Medical and sanitary report of the native army of Bengal for the year
Year: 1874
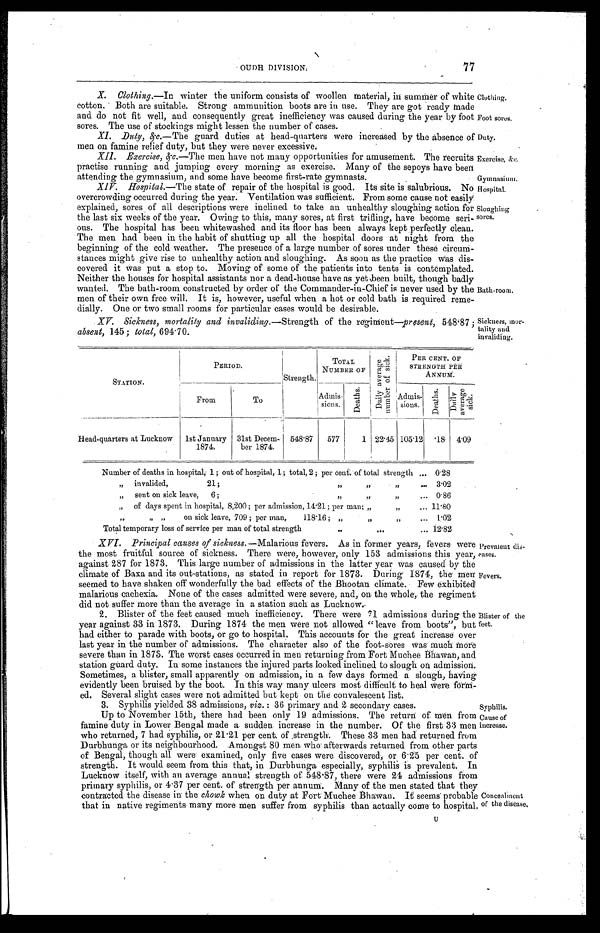
Exercise, &c.
Gymnasium.
Hospital.
Sloughing
sores.
Prevalent dis
-
eases.
Fevers.
OUDH DIVISION. 77
X. Clothing.—In winter the uniform consists of woollen material, in summer of white
cotton. Both are suitable. Strong ammunition boots are in use. They are got ready made
and do not fit well, and consequently great inefficiency was caused during the year by foot
sores. The use of stockings might lessen the number of cases.
XI. Duty, &c.—The guard duties at head-quarters were increased by the absence of
men on famine relief duty, but they were never excessive.
Clothing.
Duty.
XII. Exercise, &c.—The men have not many opportunities for amusement. The recruits
practise running and jumping every morning as exercise. Many of the sepoys have been
attending the gymnasium and some have become first-rate gymnasts.
XIV. Hospital.— The state of repair of the hospital is good. Its site is salubrious. No
overcrowding occurred during the year. Ventilation was sufficient. From some cause not easily
explained, sores of all descriptions were inclined to take an unhealthy sloughing action for
the last six weeks of the year. Owing to this, many sores, at first trifling, have become ser
i -
ous. The hospital has been whitewashed and its floor has been always kept perfectly clean.
The men had been in the habit of shutting up all the hospital doors at night from the
beginning of the cold weather. The presence of a large number of sores under these circu
m -
stances might give rise to unhealthy action and sloughing. As soon as the practice was dis-
covered it was put a stop to. Moving of some of the patients into tents is contemplated.
Neither the houses for hospital assistants nor a dead-house have as yet been built, though badly
wanted. The bath-room constructed by order of the Commander-in-Chief is never used by the
men of their own free will. It is, however, useful when a hot or cold bath is required reme
-
dially. One or two small rooms for particular cases would be desirable.
XV. Sickness, mortality and invaliding.— Strength of the regiment—present, 548.87
absent, 145; total, 694.70.
Bath-room.
Sickness, mor
-
tality and
invaliding.
STATION.
PERIOD.
S t r e n g t h .
TOTAL
NUMBER OF
D a i l y a v e r a g e n u m b e r o f s i c k .
PER CENT. OF
STRENGTH PER
ANNUM.
From
To
Admis-
sions.
D e a t h s .
A d m i s - s i o n s .
D e a t h s .
D a i l y a v e r a g e s i c k .
Head-quarters at Lucknow
1st January
1874
31st Decem-
ber 1874.
548.87
577
1 22.45 105.12
18 4.09
Number of deaths in hospital, 1 ; out of hospital, 1; total, 2 ; per cent. of total strength . . . 0.28
" i n v a l i d e d , 2 1 ; " " " . . . 3.02
" s e n t o n s i c k l e a v e ,
6 ; " " " . . . 0.86
" of days spent in hospital, 8,200 ; per admission, 14.21; per man; " " . . . 11.80
" on sick leave, 709 ; per man, 118.16 ; " " " . . . 1.02
Total temporary loss of service per man of total strength . . .
12.82
XVI. Principal causes of sickness.—Malarious fevers. As in former years, fevers were
the most fruitful source of sickness. There were, however, only 153 admissions this year,
against 287 for 1873. This large number of admissions in the latter year was caused by the
climate of Baxa and its out-stations, as stated in report for 1873. During 1874, the men
seemed to have shaken off wonderfully the bad effects of the Bhootan climate. Few exhibited
malarious cachexia. None of the cases admitted were severe, and, on the whole, the regiment
did not suffer more than the average in a station such as Lucknow.
2. Blister of the feet caused much inefficiency. There were 71 admissions during the
year against 33 in 1873. During 1874 the men were not allowed "leave from boots", but
had either to parade with boots, or go to hospital. This accounts for the great increase over
last year in the number of admissions. The character also of the foot-sores was much More
severe than in 1873. The worst cases occurred in men returning from Fort Muchee Bhawan, and
station guard duty. In some instances the injured parts looked inclined to slough on admission.
Sometimes, a blister, small apparently on admission, in a few days formed a slough, having
evidently been bruised by the boot. In this way many ulcers most difficult to heal were for
m -
ed. Several slight cases were not admitted but kept on the convalescent list.
Blister of the
feet.
3. Syphilis yielded 38 admissions, viz.: 36 primary and 2 secondary cases.
Up to November 15th, there had been only 19 admissions. The return: of men from
famine duty in Lower Bengal made sudden increase in the number. Of the first 33 men
who returned, 7 had syphilis, or 21.21 per cent. of strength. These 33 men had returned from
Durbhunga or its neighbourhood. Amongst 80 men who afterwards returned from other parts
of Bengal, though all were examined, only five cases were discovered, or 6.25 per cent. of
strength. It would seem from this that, in Durbhunga especially, syphilis is prevalent. In
Lucknow itself, with an average annual strength of 548.87, there were 24 admissions from
primary syphilis, or 4.37 per cent. of strength per annum. Many of the men stated that they
contracted the disease in the chowk when on duty at Fort Muchee Bhawan. It seems probable
that in native regiments many more men suffer from syphilis than actually come to hospital.
Syphilis.
Cause of
increase.
Concealment
of the disease.